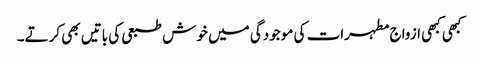
کبھی کبھی ازواج مطہرات کی موجودگی میں خوش طبعی کی باتیں بھی کرتے۔